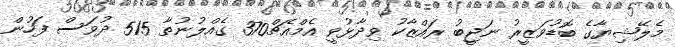
މެލޭޝިޔާގެ ބޮޑުވަޒީރު ނަޖީބު ރައްޒާކު ވިދާޅުވީ އެމްއެޗް370 ގެއްލުނުތާ 515 ދުވަސް ފަހުން